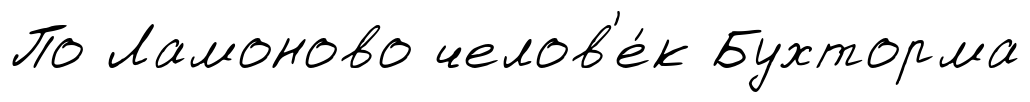
По Ламоново челов'е́к Бухторма